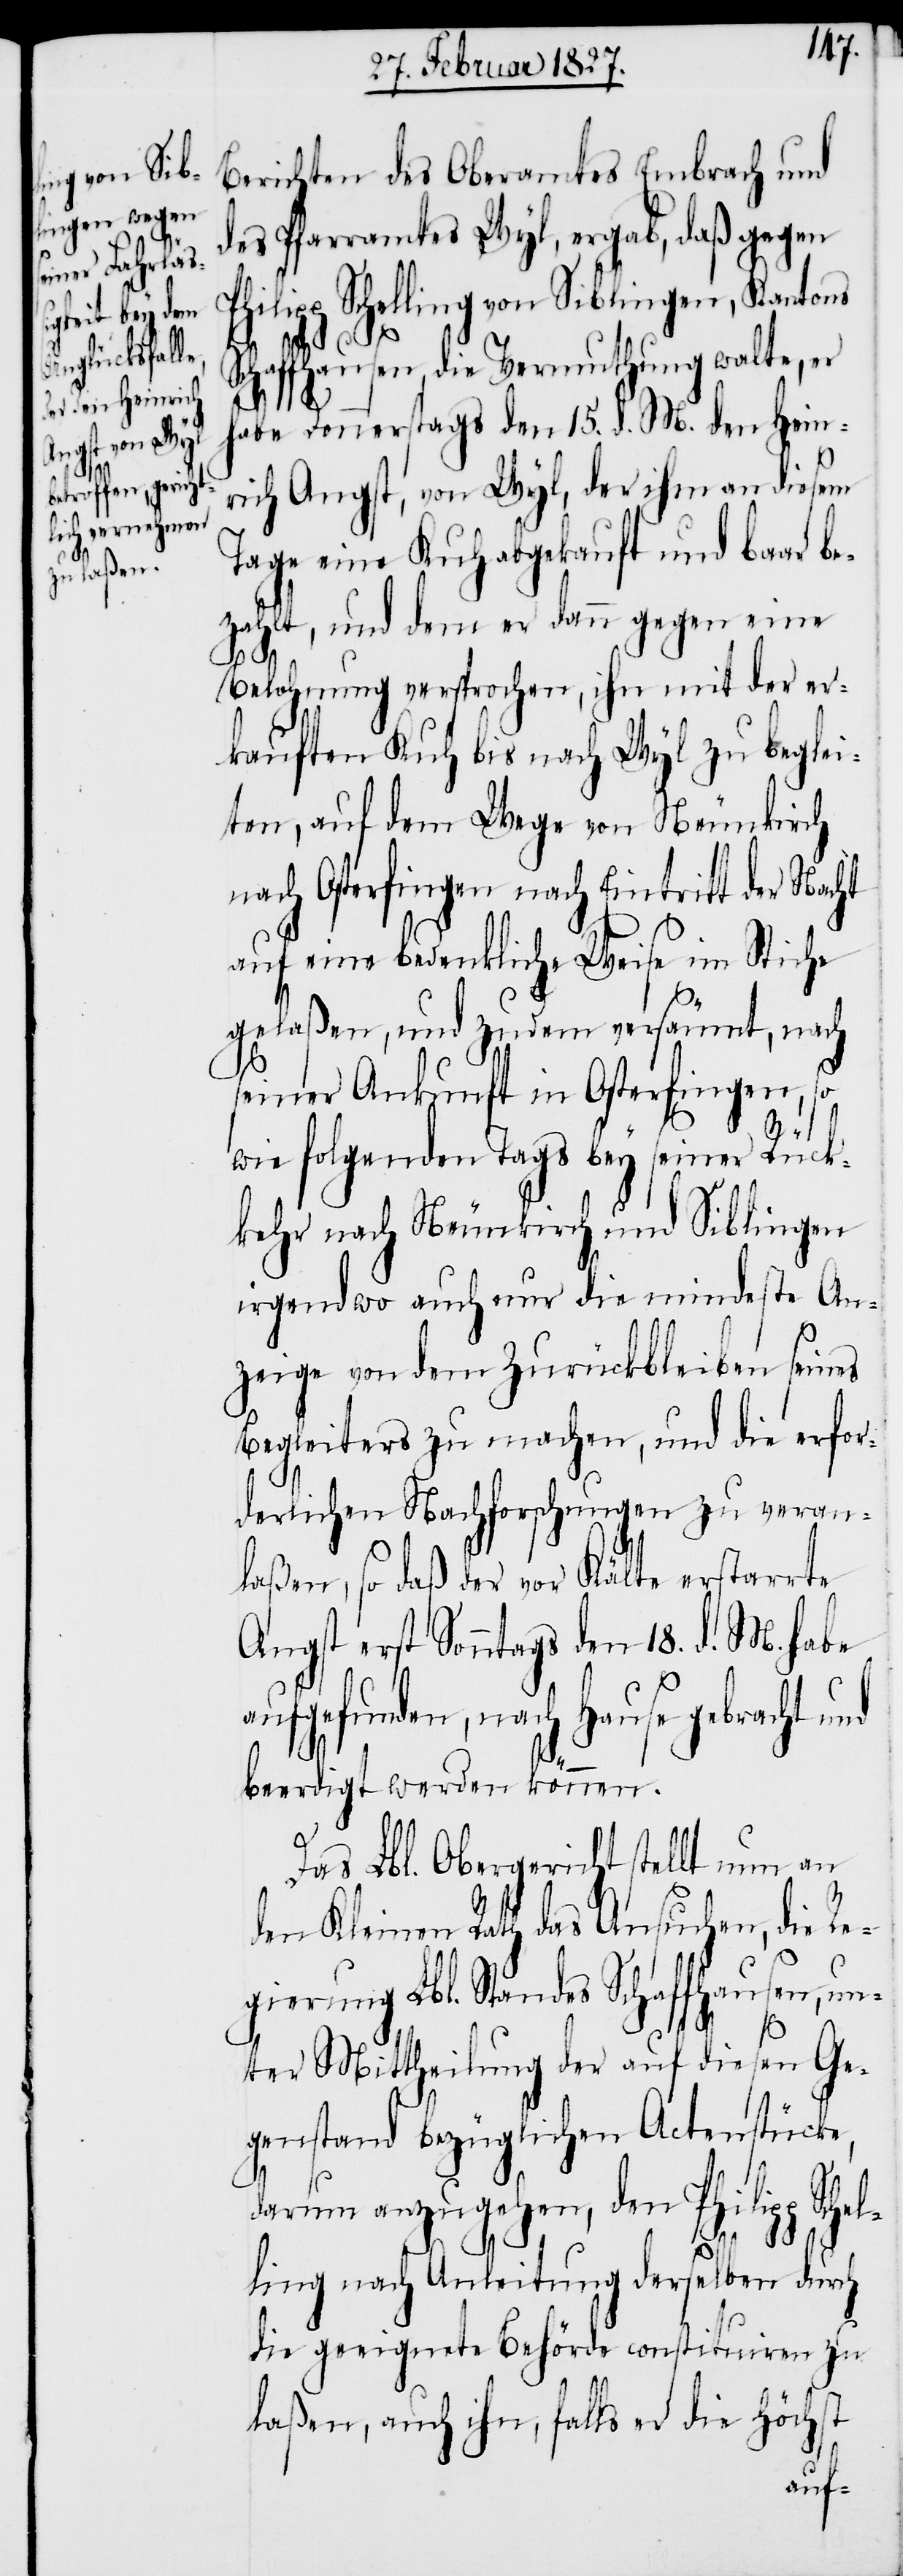
Berichten des Oberamts Embrach und
des Pfarramtes Wyl, ergab, daß gegen
Philipp Schelling von Siblingen, Kantons
Schaffhausen, die Vermuthung walte, er
habe Donnerstags den 15. d. M. den Hein¬
rich Angst, von Wyl, der ihm an diesem
Tage eine Kuh abgekauft und baar be¬
zahlt, und dem er dann gegen eine
Belohnung versprochen, ihn mit der er¬
kauften Kuh bis nach Wyl zu beglei¬
ten, auf dem Wege von Neunkirch
nach Osterfingen nach Eintritt der Nacht
auf eine bedenkliche Weise im Stiche
gelaßen, und zudem versäumt, nach
seiner Ankunft in Osterfingen, so
wie folgenden Tags bey seiner Rück¬
kehr nach Neunkirch und Siblingen
irgendwo auch nur die mindeste An¬
zeige von dem Zurückbleiben seines
Begleiters zu machen, und die erfor¬
derlichen Nachforschungen zu veran¬
laßen, so daß der vor Kälte erstarrte
Angst erst Sonntags den 18. d. M. habe
aufgefunden, nach Hause gebracht
beerdigt werden können.
Das Lbl. Obergericht stellt nun an
den Kleinen Rath das Ansuchen, die Re¬
gierung Lbl. Standes Schaffhausen, un¬
ter Mittheilung der auf diesen Ge¬
genstand bezüglichen Actenstücke,
darum anzugehen, den Philipp Schel¬
ling nach Anleitung derselben durch
die geeignete Behörde constituiren zu
laßen, auch ihn, falls er die höchst